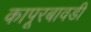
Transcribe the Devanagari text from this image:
कापूरबावडी